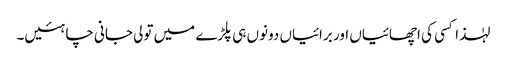
لہٰذا کسی کی اچھائیاں اور برائیاں دونوں ہی پلڑے میں تولی جانی چاہئیں۔